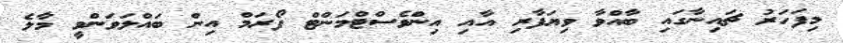
މިފަހަރު ޗައިނާގައި ބާއްވާ ވިޔަފާރި އާއި އިންވެސްޓްމަންޓް ފޯރަމް އިން ބައްލަވަންވީ މާލެ